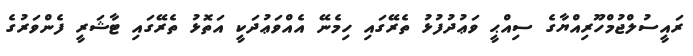
ރައީސުލްޖުމްހޫރިއްޔާގެ ސިއްޙީ ވަޢުދުފުޅު ތެރޭގައި ހިމެނޭ އެއްވަޢުދަކީ އަތޮޅު ތެރޭގައި ޓާޝަރީ ފެންވަރުގެ